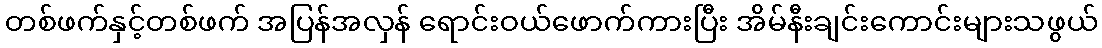
တစ်ဖက်နှင့်တစ်ဖက် အပြန်အလှန် ရောင်းဝယ်ဖောက်ကားပြီး အိမ်နီးချင်းကောင်းများသဖွယ်